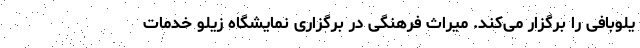
یلوبافی را برگزار می‌کند. میراث فرهنگی در برگزاری نمایشگاه زیلو خدمات